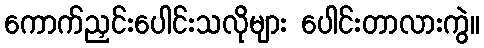
ကောက်ညှင်းပေါင်းသလိုများ ပေါင်းတာလားကွဲ။